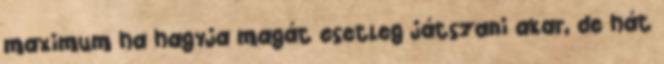
maximum ha hagyja magát esetleg játszani akar, de hát